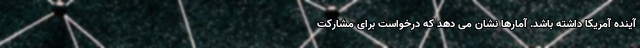
آینده آمریکا داشته باشد. آمارها نشان می دهد که درخواست برای مشارکت